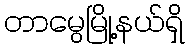
တာမွေမြို့နယ်ရှိ